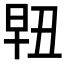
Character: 𰖀